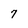
Character: 7